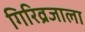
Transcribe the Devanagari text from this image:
गिरिव्रजाला